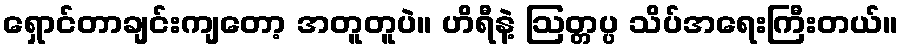
ရှောင်တာချင်းကျတော့ အတူတူပဲ။ ဟိရီနဲ့ ဩတ္တပ္ပ သိပ်အရေးကြီးတယ်။